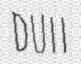
DULL